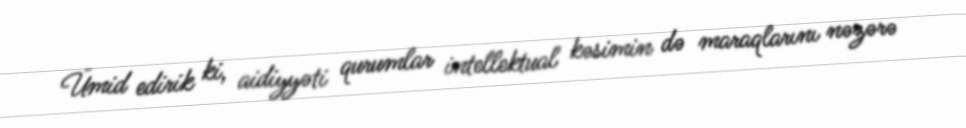
Ümid edirik ki, aidiyyəti qurumlar intellektual kəsimin də maraqlarını nəzərə